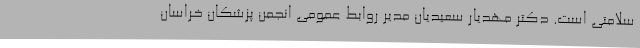
سلامتی است. دکتر مهدیار سعیدیان مدیر روابط عمومی انجمن پزشکان خراسان